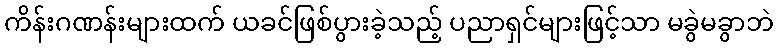
ကိန်းဂဏန်းများထက် ယခင်ဖြစ်ပွားခဲ့သည့် ပညာရှင်များဖြင့်သာ မခွဲမခွာဘဲ